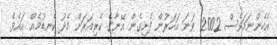
އެހެންނަމަވެސް 2002 ވަނަ އަހަރުން ފެށިގެން އޭނާގެ ކެރިއަރަށް މެދު ކެނޑުމެއް އައެވެ.